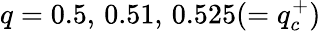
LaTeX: q=0.5,\, 0.51,\, 0.525(=q_{c}^{+})